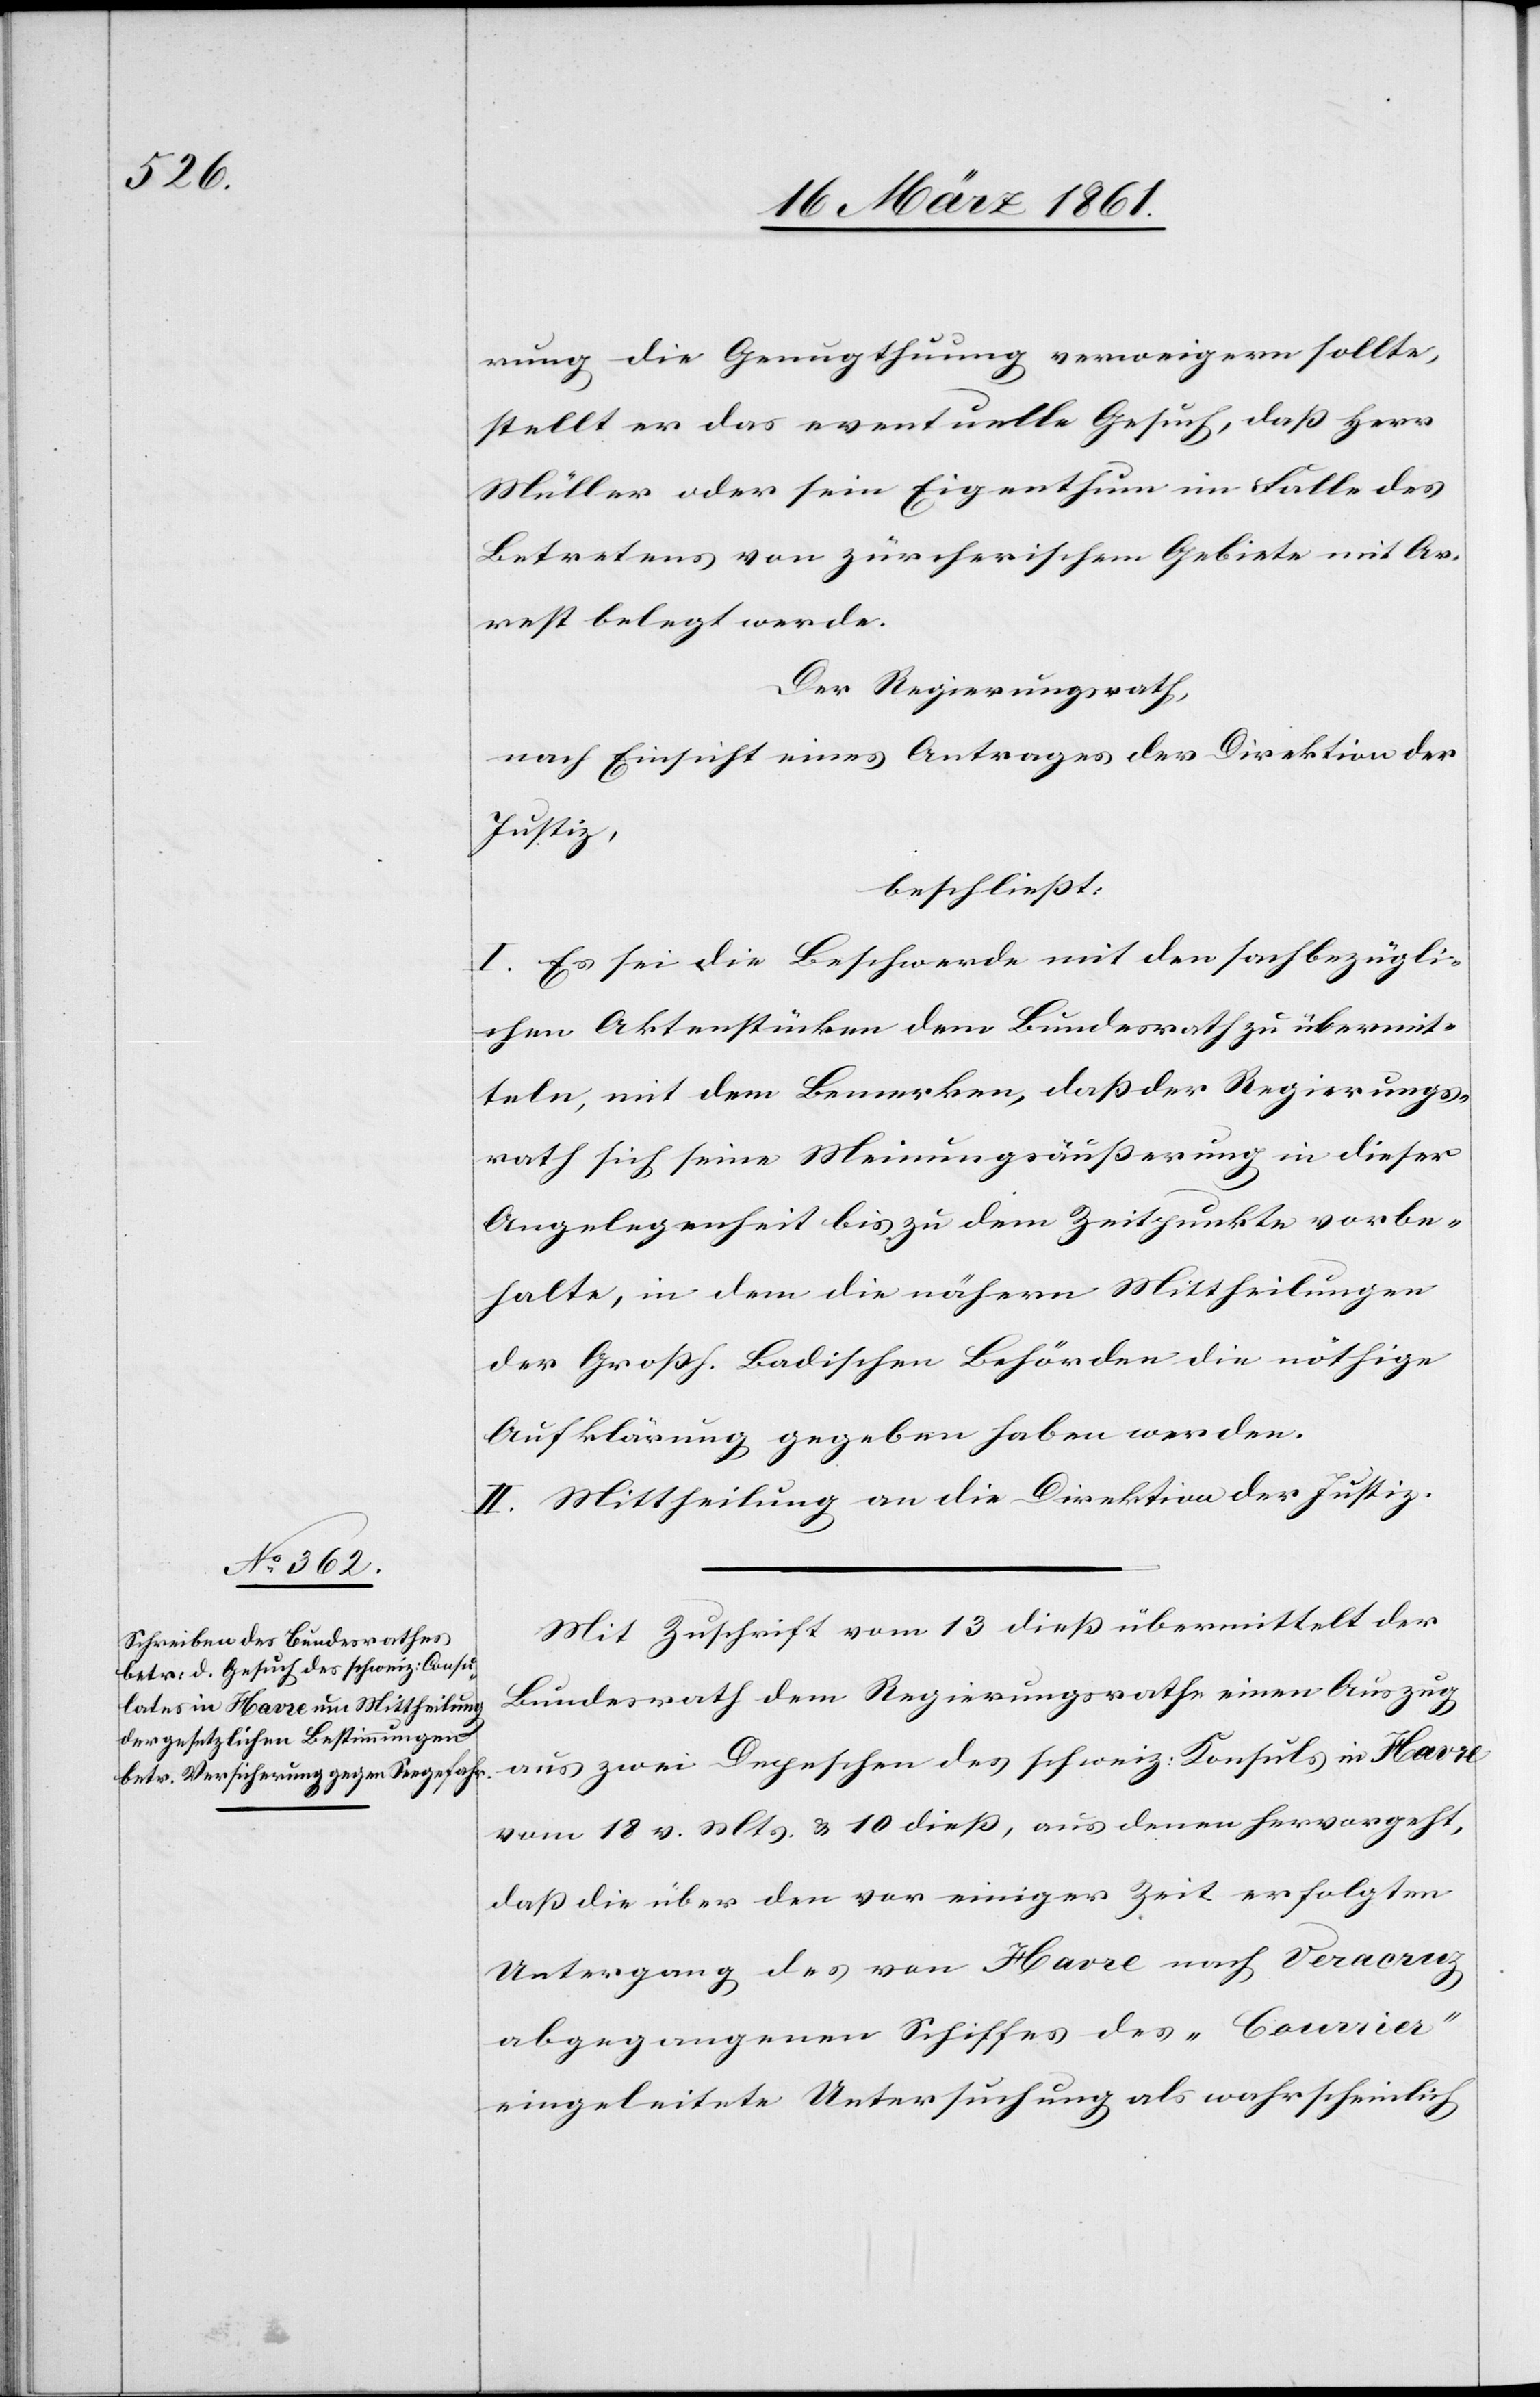
rung die Genugthuung verweigern sollte,
stellt er das eventuelle Gesuch, daß Herr
Müller oder sein Eigenthum im Falle des
Betretens von zürcherischem Gebiete mit Ar¬
rest belegt werde.
Der Regierungsrath,
nach Einsicht eines Antrages der Direktion der
Justiz,
beschließt:
I. Es sei die Beschwerde mit den sachbezügli¬
chen Aktenstücken dem Bundesrath zu übermit¬
teln, mit dem Bemerken, daß der Regierungs¬
rath sich seine Meinungsäusserung in dieser
Angelegenheit bis zu dem Zeitpunkte vorbe¬
halte, in dem die nähern Mittheilungen
der Großh. Badischen Behörden die nöthige
Aufklärung gegeben haben werden.
II. Mittheilung an die Direktion der Justiz.
Mit Zuschrift vom 13. diess übermittelt der
Bundesrath dem Regierungsrathe einen Auszug
aus zwei Depeschen des schweiz: Konsuls in Havre
vom 18. v. Mts. u. 10. dieß, aus denen hervorgeht,
daß die über den vor einiger Zeit erfolgten
Untergang des von Havre nach Veracruz
abgegangenen Schiffes des „Courier“
eingeleitete Untersuchung als wahrscheinlich